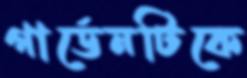
গার্ডেনটিকে